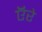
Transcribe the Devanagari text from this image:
ऍरे